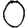
Digit: 0